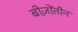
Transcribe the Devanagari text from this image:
बीज़ोंतीन